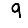
Digit: 9